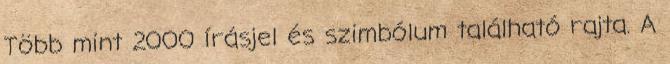
Több mint 2000 írásjel és szimbólum található rajta. A